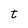
Character: t